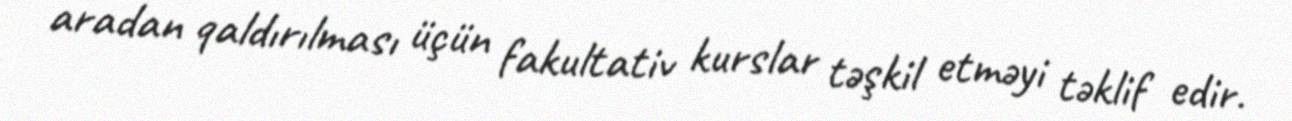
aradan qaldırılması üçün fakultativ kurslar təşkil etməyi təklif edir.